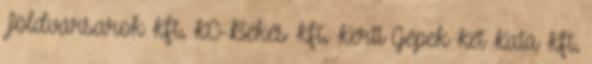
Földvársarok Kft. KC-Békés Kft. Kerti Gépek Két Kata Kft.